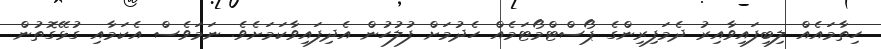
ހިތާމައެއް ލިބިފައިވާއިރު ދެމަފިރިންގެ ޕޯސްޓްމޯޓަމެއް ހެދުމަށް ފުލުހުން އެދިފައިވާކަމަށެވެ. ނަމަވެސް އެކަމާއި ގުޅޭގޮތުން